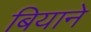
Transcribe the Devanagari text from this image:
बियाने